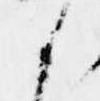
候